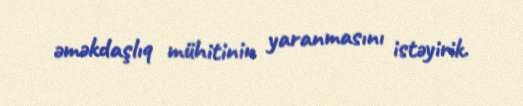
əməkdaşlıq mühitinin yaranmasını istəyirik.